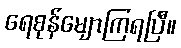
ရေစုန်မျောကြရပြီ။